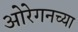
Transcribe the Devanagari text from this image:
ओरेगनच्या